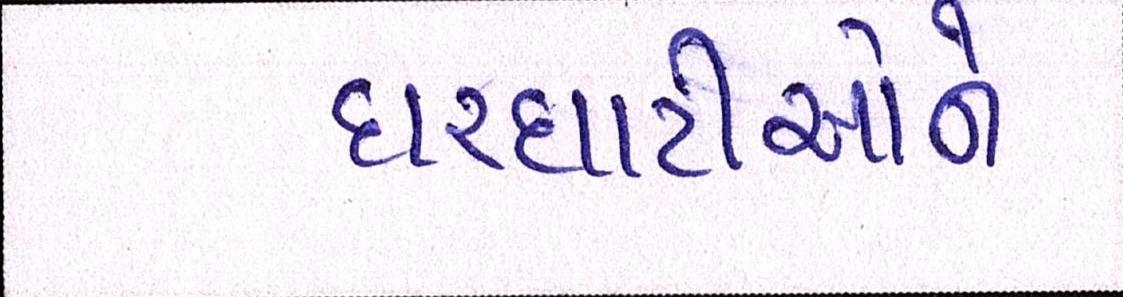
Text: ઘરઘાટીઓને